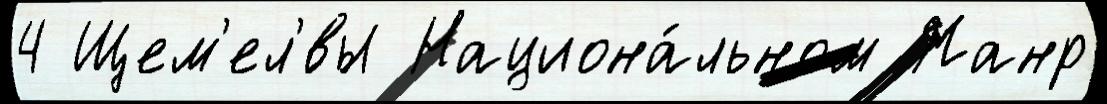
4 Щем'ел'́вы Национа́льном Жанр